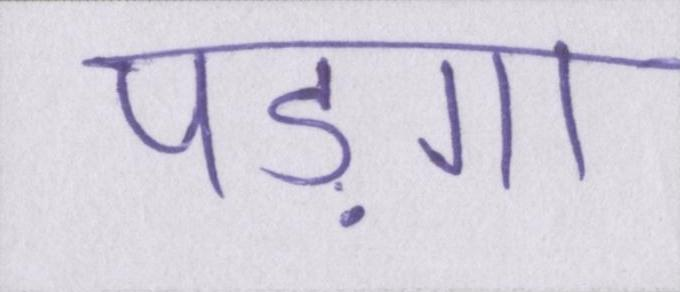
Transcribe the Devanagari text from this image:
पड़ेगा